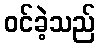
ဝင်ခဲ့သည်